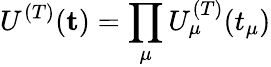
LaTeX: U^{(T)}(\mathbf{t})=\prod_{\mu}U_{\mu}^{(T)}(t_{\mu})